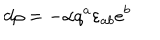
LaTeX: d \rho = - { \alpha } q ^ { a } \varepsilon _ { a b } e ^ { b }